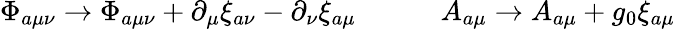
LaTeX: \Phi_{a\mu\nu}\rightarrow\Phi_{a\mu\nu}+\partial_{\mu}\xi_{a\nu}-\partial_{\nu}\xi_{a\mu}\quad\quad\quad A_{a\mu}\rightarrow A_{a\mu}+g_{0}\xi_{a\mu}